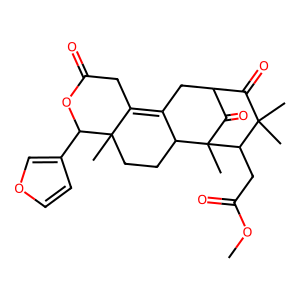
SMILES: COC(=O)CC1C(C)(C)C(=O)C2CC3=C4CC(=O)OC(c5ccoc5)C4(C)CCC3C1(C)C2=O
Inhibits HIV replication: No